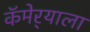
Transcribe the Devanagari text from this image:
कॅमेर्‍याला